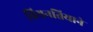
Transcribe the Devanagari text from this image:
वियनतियाने